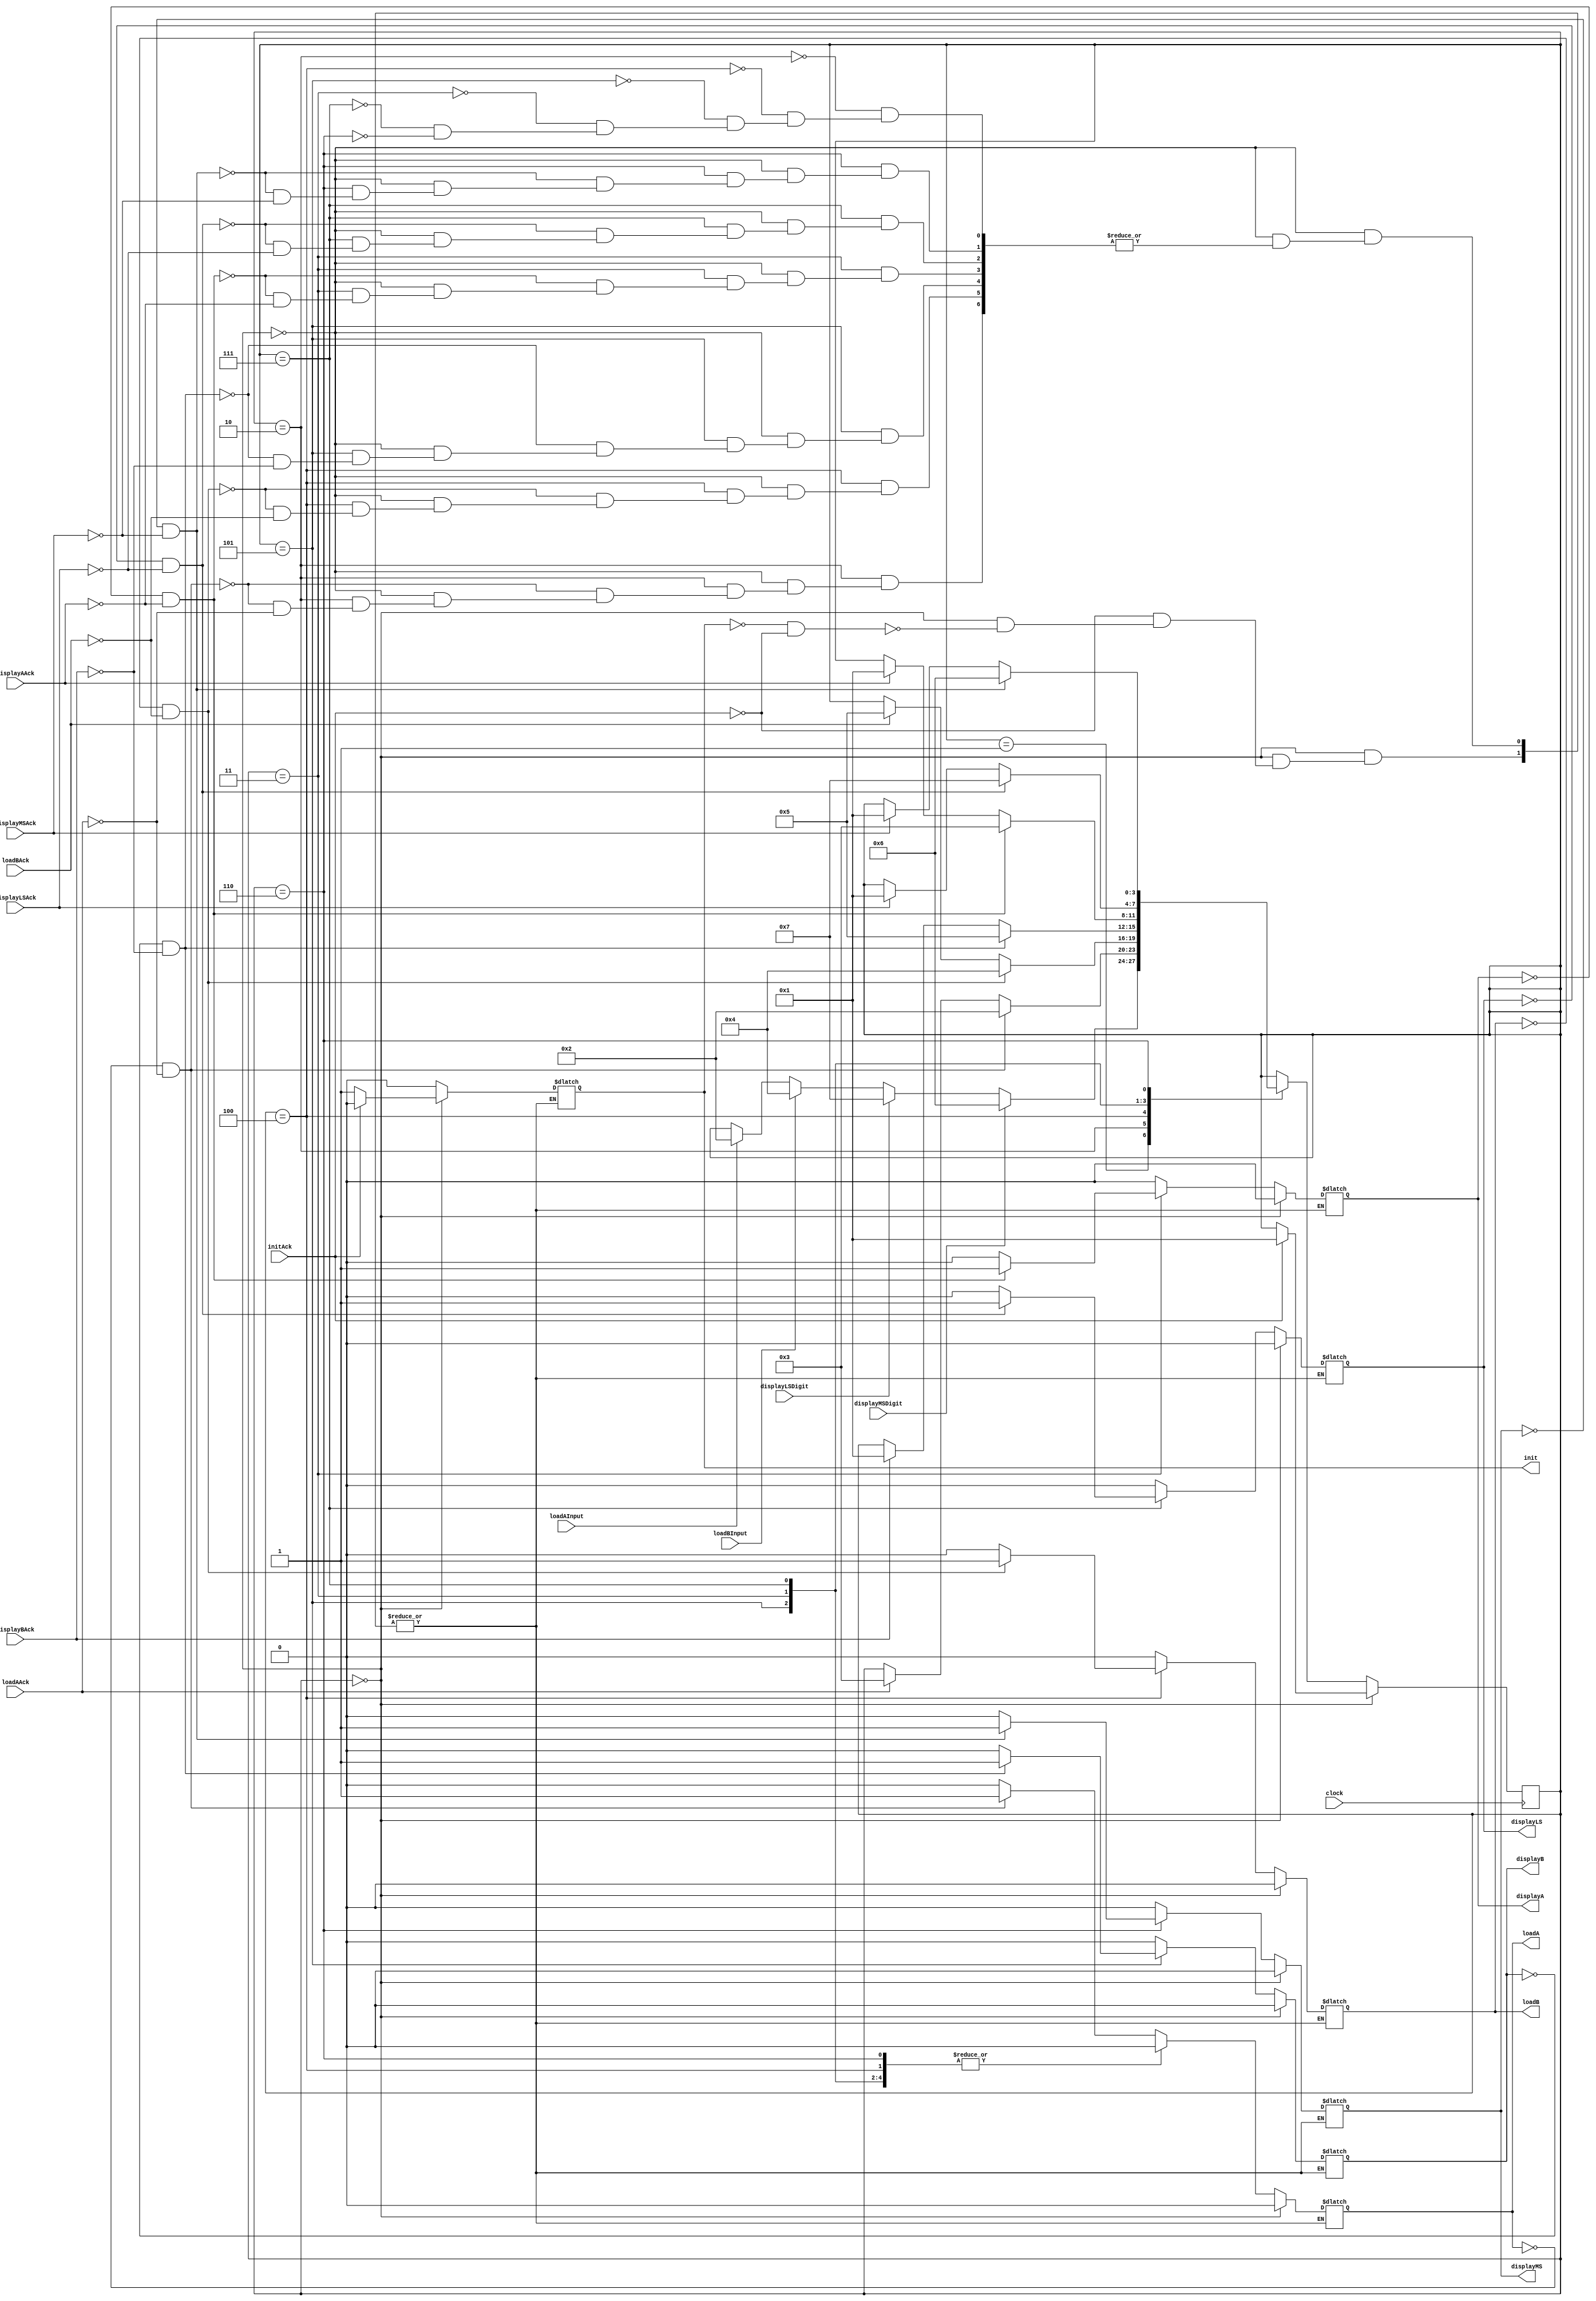
`timescale 1ns / 1ps
//////////////////////////////////////////////////////////////////////////////////
// Company: 
// Engineer: 
// 
// Design Name: 
// Module Name:    bcd_add_controller_ver2 
// Project Name: 
// Target Devices: 
// Tool versions: 
// Description: 
//
// Dependencies: 
//
// Revision: 
// Revision 0.01 - File Created
// Additional Comments: 
//
//////////////////////////////////////////////////////////////////////////////////
module bcd_add_controller_ver2(
    input loadAInput,
    input loadBInput,
    input clock,
    input displayLSDigit,
    input displayMSDigit,
    output reg init = 0,
    output reg loadA = 0,
    output reg loadB = 0,
    output reg displayA = 0,
    output reg displayB = 0,
    output reg displayLS = 0,
    output reg displayMS = 0,
    input loadAAck,
    input loadBAck,
    input displayAAck,
    input displayBAck,
    input displayLSAck,
    input displayMSAck,
    input initAck
    );

	//Setup friendly state names.
	parameter INIT = 0, WAIT = 1, LOAD_A = 2, DISPLAY_A = 3, LOAD_B = 4, DISPLAY_B = 5, DISPLAY_MS = 6, DISPLAY_LS = 7;
	
	//Set a register for the state and start in INIT.
	reg [3:0] state = 4'b0000;
	reg [3:0] next_state = 4'b0000;
	
	//Logic for the state machine which 
	always @(posedge clock)
		begin
			state <= next_state;
		end
		
	always @(state, loadAInput, loadBInput, displayLSDigit, displayMSDigit, loadAAck, loadBAck, displayAAck, displayBAck, displayLSAck, displayMSAck, initAck)
		begin
			
			//Default.
			next_state = state;
			
			if(state == INIT)
				begin
					//Set flags for init.
					if(init == 0 && initAck == 0)
						begin
							init = 1;
							loadA = 0;
							loadB = 0;
							displayA = 0;
							displayB = 0; 
							displayLS = 0;
							displayMS = 0;
							//debugSig = 0;
						end

					//If we get an initAck back then we can go to the wait state to wait for any inputs received.
					if(initAck == 1) 
						begin
							init = 0;
							loadA = 0;
							loadB = 0;
							displayA = 0;
							displayB = 0; 
							displayLS = 0;
							displayMS = 0;
							//debugSig = 1;
							
							next_state = WAIT;
						end
				end //End of if(STATE == INIT)
					
			
			else //If the above doesn't happen then let's handle the rest of the possible cases.
				case(state)
					
					WAIT: //Wait for inputs.
					begin
						
						//next_state = WAIT;
						if(loadAInput == 1) next_state = LOAD_A;
						if(loadBInput == 1) next_state = LOAD_B;
						if(displayLSDigit == 1) next_state = DISPLAY_LS;
						if(displayMSDigit == 1) next_state = DISPLAY_MS;
						
																		//debugSig = 3;
						
					end //End of WAIT State.
					
					LOAD_A:
					begin
						
						//Now that we are in LOAD_A go ahead and set loadA flag, wait for the response and then jump to DISPLAY_A.
						if(loadA == 0 && loadAAck == 0)
						begin
							init = 0;
							loadA = 1;
							loadB = 0;
							displayA = 0;
							displayB = 0; 
							displayLS = 0;
							displayMS = 0;
	
																		//debugSig = 4;
							
							next_state = LOAD_A;
						end
						
						else if (loadAAck == 1)
						begin
							init = 0;
							loadA = 0;
							loadB = 0;
							displayA = 0;
							displayB = 0; 
							displayLS = 0;
							displayMS = 0;
							//debugSig = 6;
							next_state = DISPLAY_A;
							
																		//debugSig = 5;

						end
					end //End of LOAD_A state.
					
					LOAD_B:
					begin
						
						//Now that we are in LOAD_B go ahead and set loadB flag, wait for the response and then jump to DISPLAY_B.
						if(loadB == 0 && loadBAck == 0)
						begin
							init = 0;
							loadA = 0;
							loadB = 1;
							displayA = 0;
							displayB = 0; 
							displayLS = 0;
							displayMS = 0;
							
																		//debugSig = 6;

							next_state = LOAD_B;
						end
						
						else if (loadBAck == 1)
						begin
							init = 0;
							loadA = 0;
							loadB = 0;
							displayA = 0;
							displayB = 0; 
							displayLS = 0;
							displayMS = 0;
							
																		//debugSig = 7;

							next_state = DISPLAY_B;
						end
					end //End of LOAD_B state.
					
					DISPLAY_B:
					begin
						//Send the displayB flag, wait for the ACK and then go back to WAIT.
						if(displayB == 0 && displayBAck == 0)
						begin
							init = 0;
							loadA = 0;
							loadB = 0;
							displayA = 0;
							displayB = 1; 
							displayLS = 0;
							displayMS = 0;
							
																		//debugSig = 8;

							next_state = DISPLAY_B;
						end
						
						else if (displayBAck == 1)
						begin
							init = 0;
							loadA = 0;
							loadB = 0;
							displayA = 0;
							displayB = 0; 
							displayLS = 0;
							displayMS = 0;
							
							next_state = WAIT;
						end
					end //End of DISPLAY_B state.
					
					DISPLAY_A:
					begin
						//Send the displayA flag, wait for the ACK and then go back to WAIT.
						if(displayA == 0 && displayAAck == 0)
						begin
							init = 0;
							loadA = 0;
							loadB = 0;
							displayA = 1;
							displayB = 0; 
							displayLS = 0;
							displayMS = 0;
							
																		//debugSig = 9;

							next_state = DISPLAY_A;
						end
						
						else if (displayAAck == 1)
						begin
							init = 0;
							loadA = 0;
							loadB = 0;
							displayA = 0;
							displayB = 0; 
							displayLS = 0;
							displayMS = 0;
							
																		//debugSig = 10;

							next_state = WAIT;
						end
					end //End of DISPLAY_A state.
					
					DISPLAY_LS:
					begin
						//Send the displayLS flag, wait for the ACK and then go back to WAIT.
						if(displayLS == 0 && displayLSAck == 0)
						begin
							init = 0;
							loadA = 0;
							loadB = 0;
							displayA = 0;
							displayB = 0; 
							displayLS = 1;
							displayMS = 0;
							
																		//debugSig = 11;

							next_state = DISPLAY_LS;
						end
						
						else if (displayLSAck == 1)
						begin
							init = 0;
							loadA = 0;
							loadB = 0;
							displayA = 0;
							displayB = 0; 
							displayLS = 0;
							displayMS = 0;
							

							next_state = WAIT;
						end
					end //End of DISPLAY_LS state.
					
					
					DISPLAY_MS:
					begin
						//Send the displayMS flag, wait for the ACK and then go back to WAIT.
						if(displayMS == 0 && displayMSAck == 0)
						begin
							init = 0;
							loadA = 0;
							loadB = 0;
							displayA = 0;
							displayB = 0; 
							displayLS = 0;
							displayMS = 1;
																		//debugSig = 13;

							next_state = DISPLAY_MS;
						end
						
						else if (displayMSAck == 1)
						begin
							init = 0;
							loadA = 0;
							loadB = 0;
							displayA = 0;
							displayB = 0; 
							displayLS = 0;
							displayMS = 0;
																		//debugSig = 14;

							next_state = WAIT;
						end
					end //End of DISPLAY_LS state.
										
					default:
					begin
																		//debugSig = 15;

						next_state = state;
					end
					
				endcase //End of the case statement that handles the rest of the states.
			
			
		end //End of Always block that handles the states.

endmodule